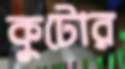
কুটোর